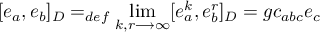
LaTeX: [ e _ { a } , e _ { b } ] _ { D } = _ { d e f } \operatorname * { l i m } _ { k , r \longrightarrow \infty } [ e _ { a } ^ { k } , e _ { b } ^ { r } ] _ { D } = g c _ { a b c } e _ { c }